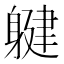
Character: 𲄨